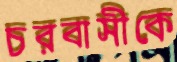
চরবাসীকে